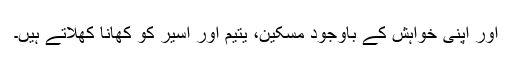
اور اپنی خواہش کے باوجود مسکین، یتیم اور اسیر کو کھانا کھلاتے ہیں۔